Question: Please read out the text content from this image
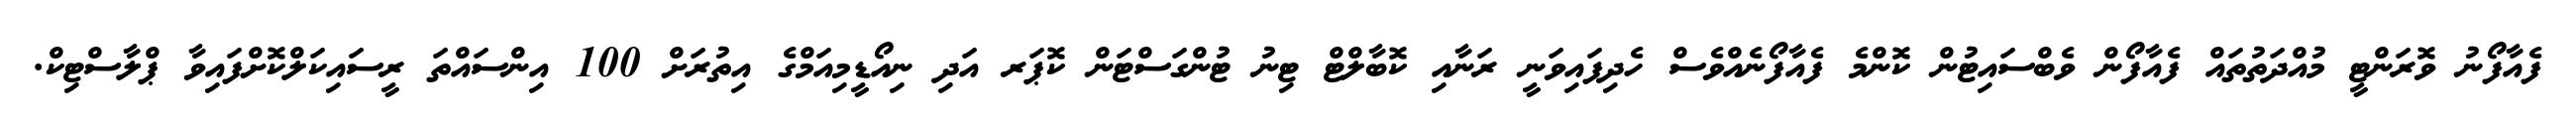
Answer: ފެއާފޯނު ވޮރަންޓީ މުއްދަތުތައް ފެއާފޯން ވެބްސައިޓުން ކޮންމެ ފެއާފޯނެއްވެސް ހެދިފައިވަނީ ރަނާއި ކޮބާލްޓް ޓިނު ޓުންގަސްޓަން ކޮޕަރ އަދި ނިއޯޑީމިއަމްގެ އިތުރަށް 100 އިންސައްތަ ރީސައިކަލްކޮށްފައިވާ ޕްލާސްޓިކް.